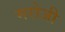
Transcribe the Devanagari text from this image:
मरोजी